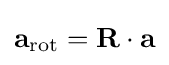
\mathbf {a} _{\mathrm {rot} }=\mathbf {R} \cdot \mathbf {a}